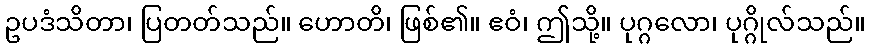
ဥပဒံသိတာ၊ ပြတတ်သည်။ ဟောတိ၊ ဖြစ်၏။ ဧဝံ၊ ဤသို့။ ပုဂ္ဂလော၊ ပုဂ္ဂိုလ်သည်။